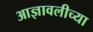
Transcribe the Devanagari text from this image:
आज्ञावलीच्या